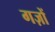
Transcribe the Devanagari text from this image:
गज़ों